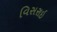
વિસરાઇ